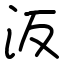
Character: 汳